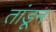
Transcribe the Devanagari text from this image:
तांडून